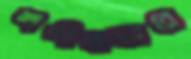
শশীবাজারে